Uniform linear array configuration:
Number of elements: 12
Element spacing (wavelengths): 1
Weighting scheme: exponential
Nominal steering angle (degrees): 15
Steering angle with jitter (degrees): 14.519
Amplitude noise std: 0.05
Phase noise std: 0.05

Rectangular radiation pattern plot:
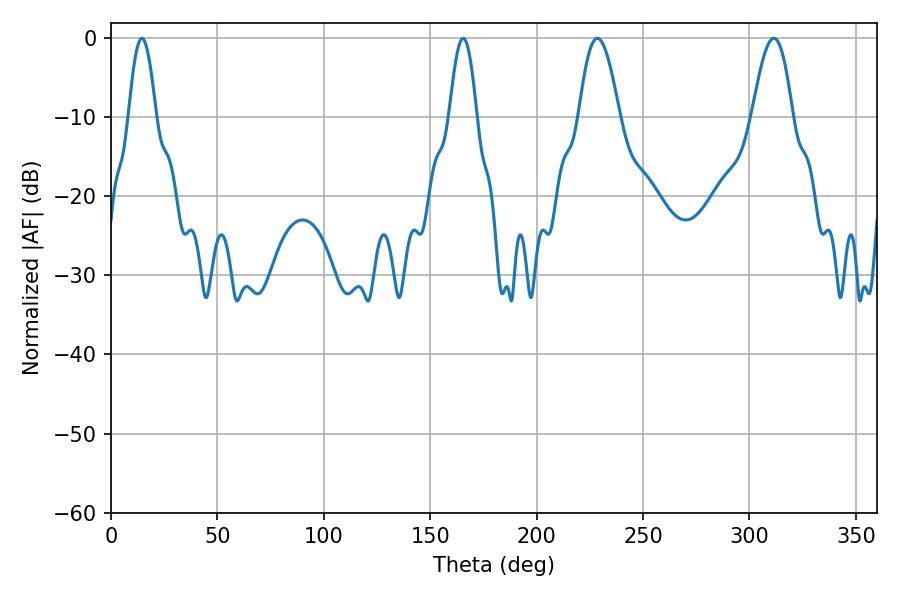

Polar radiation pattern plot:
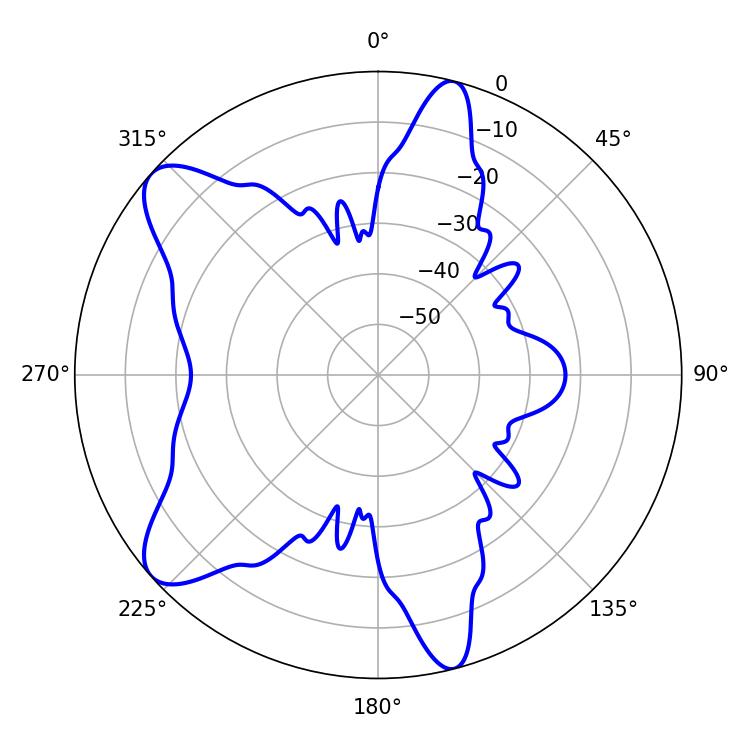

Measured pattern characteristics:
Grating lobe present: TRUE
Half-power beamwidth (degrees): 10.44
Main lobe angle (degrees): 228.6